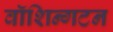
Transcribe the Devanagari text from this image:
वॉशिन्गटन